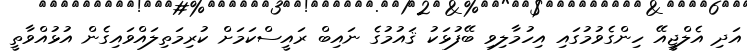
އަދި އެލްޖީއޭ ހިންގެވުމުގައި އިހުމާލިވި ބޭފުޅަކު ޤައުމުގެ ނައިބް ރައީސްކަމަށް ކުރިމަތިލައްވައިގެން އުޅުއްވާތީ